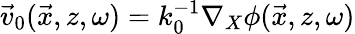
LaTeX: \vec{v}_{0}(\vec{x},z,\omega)=k_{0}^{-1}\nabla_{X}\phi(\vec{x},z,\omega)